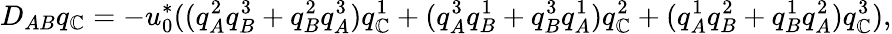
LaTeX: D_{AB}q_{\mathbb{C}}=-u_{0}^{*}((q_{A}^{2}q_{B}^{3}+q_{B}^{2}q_{A}^{3})q_{\mathbb{C}}^{1}+(q_{A}^{3}q_{B}^{1}+q_{B}^{3}q_{A}^{1})q_{\mathbb{C}}^{2}+(q_{A}^{1}q_{B}^{2}+q_{B}^{1}q_{A}^{2})q_{\mathbb{C}}^{3}),